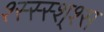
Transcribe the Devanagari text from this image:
श्स्स्स्श्श्स